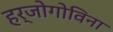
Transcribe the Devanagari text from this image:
हर्जोगोविना